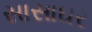
સાસાઘર